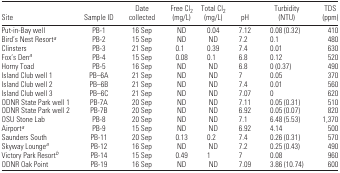
<table><thead><tr><td><b>Site</b></td><td><b>Sample ID</b></td><td><b>Date collected</b></td><td><b>Free Cl<sub>2</sub> (mg/L)</b></td><td><b>Total Cl<sub>2</sub> (mg/L)</b></td><td><b>pH</b></td><td><b>Turbidity (NTU)</b></td><td><b>TDS (ppm)</b></td></tr></thead><tbody><tr><td>Put-in-Bay well</td><td>PB-1</td><td>16 Sep</td><td>ND</td><td>0.04</td><td>7.12</td><td>0.08 (0.32)</td><td>410</td></tr><tr><td>Bird’s Nest Resorta</td><td>PB-2</td><td>15 Sep</td><td>ND</td><td>ND</td><td>7.2</td><td>0.1</td><td>480</td></tr><tr><td>Clinsters</td><td>PB-3</td><td>21 Sep</td><td>0.1</td><td>0.39</td><td>7.4</td><td>0.01</td><td>630</td></tr><tr><td>Fox’s Dena</td><td>PB-4</td><td>15 Sep</td><td>0.08</td><td>0.1</td><td>6.8</td><td>0.12</td><td>520</td></tr><tr><td>Horny Toad</td><td>PB-5</td><td>16 Sep</td><td>ND</td><td>ND</td><td>6.8</td><td>0 (0.37)</td><td>490</td></tr><tr><td>Island Club well 1</td><td>PB–6A</td><td>21 Sep</td><td>ND</td><td>ND</td><td>7</td><td>0.05</td><td>370</td></tr><tr><td>Island Club well 2</td><td>PB–6B</td><td>21 Sep</td><td>ND</td><td>ND</td><td>7.4</td><td>0.01</td><td>560</td></tr><tr><td>Island Club well 3</td><td>PB–6C</td><td>21 Sep</td><td>ND</td><td>ND</td><td>7.07</td><td>0</td><td>620</td></tr><tr><td>ODNR State Park well 1</td><td>PB-7A</td><td>20 Sep</td><td>ND</td><td>ND</td><td>7.11</td><td>0.05 (0.31)</td><td>510</td></tr><tr><td>ODNR State Park well 2</td><td>PB-7B</td><td>20 Sep</td><td>ND</td><td>ND</td><td>6.92</td><td>0.05 (0.07)</td><td>820</td></tr><tr><td>OSU Stone Lab</td><td>PB-8</td><td>20 Sep</td><td>ND</td><td>ND</td><td>7.1</td><td>6.48 (5.53)</td><td>1,370</td></tr><tr><td>Airporta</td><td>PB-9</td><td>15 Sep</td><td>ND</td><td>ND</td><td>6.92</td><td>4.14</td><td>500</td></tr><tr><td>Saunders South</td><td>PB-11</td><td>20 Sep</td><td>0.13</td><td>0.2</td><td>7.4</td><td>0.26 (0.31)</td><td>570</td></tr><tr><td>Skyway Loungea</td><td>PB-12</td><td>16 Sep</td><td>ND</td><td>ND</td><td>7.2</td><td>0.25 (0.43)</td><td>490</td></tr><tr><td>Victory Park Resortb</td><td>PB-14</td><td>15 Sep</td><td>0.49</td><td>1</td><td>7</td><td>0.08</td><td>960</td></tr><tr><td>ODNR Oak Point</td><td>PB-19</td><td>16 Sep</td><td>ND</td><td>ND</td><td>7.09</td><td>3.86 (10.74)</td><td>600</td></tr></tbody></table>